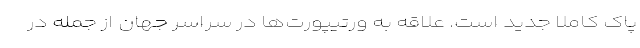
پاک کاملا جدید است. علاقه به ورتیپورت‌ها در سراسر جهان از جمله در